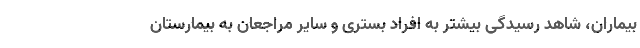
بیماران، شاهد رسیدگی بیشتر به افراد بستری و سایر مراجعان به بیمارستان